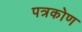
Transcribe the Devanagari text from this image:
पत्रकोण